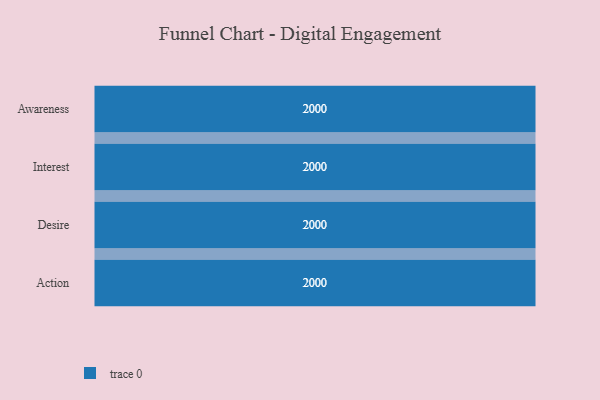
{"axis": {"x": "Stage", "y": "Value"}, "legend": [""], "data": [{"x": "Awareness", "y": 2000, "type": ""}, {"x": "Interest", "y": 2000, "type": ""}, {"x": "Desire", "y": 2000, "type": ""}, {"x": "Action", "y": 2000, "type": ""}]}